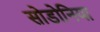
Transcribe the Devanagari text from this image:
सोडोनिया